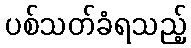
ပစ်သတ်ခံရသည့်